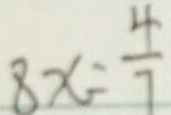
8 x = \frac { 4 } { 7 }